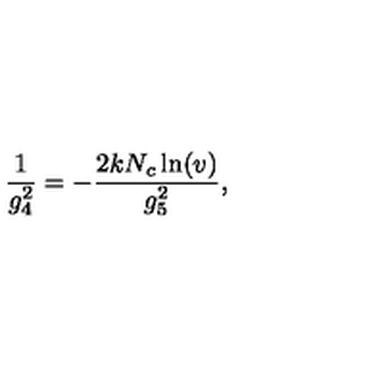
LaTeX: \frac { 1 } { g _ { 4 } ^ { 2 } } = - \frac { 2 k N _ { c } \ln ( v ) } { g _ { 5 } ^ { 2 } } ,